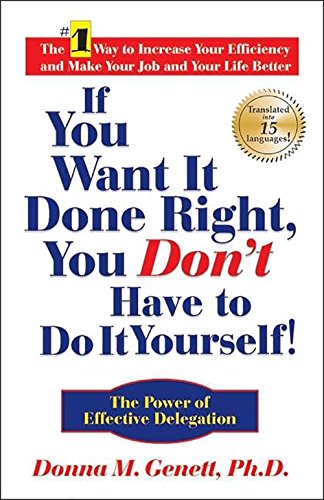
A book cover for If You Want It Done Right, You Don't Have to Do It Yourself!: The Power of Effective Delegation; Donna M Genett; Self-Help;